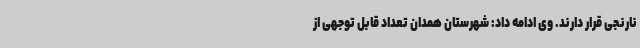
نارنجی قرار دارند. وی ادامه داد: شهرستان همدان تعداد قابل توجهی از